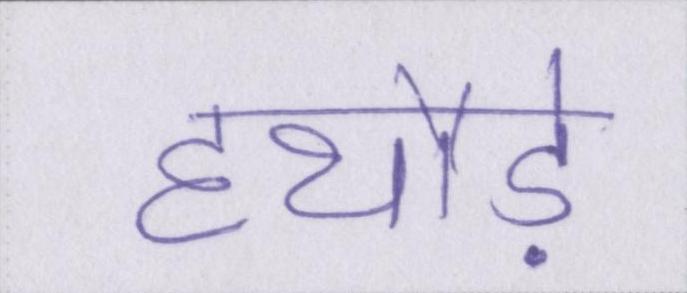
हथौड़े